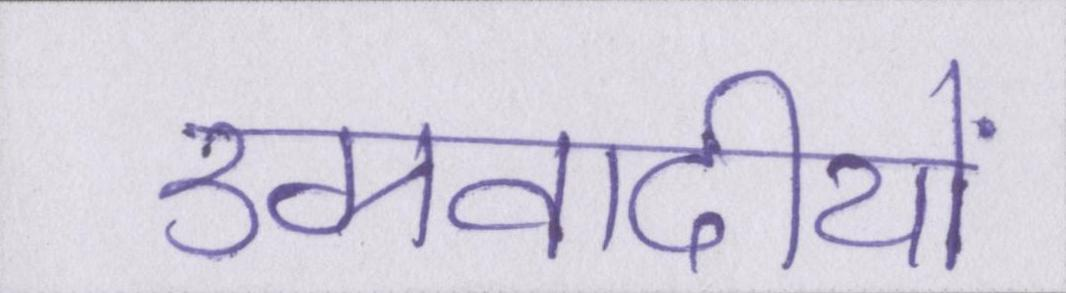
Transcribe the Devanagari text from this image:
उग्रवादीयों